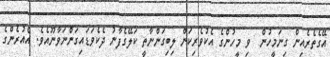
އޭގެތެރެއިން ގިނަމީހުން  ވި މީހުންގެ އެކުވެރިކަން ލިބިގަންނާތީ ކަލޭގެފާނު ދެކެވަޑައިގަންނަވާނޫއެވެ. އެއުރެންގެ